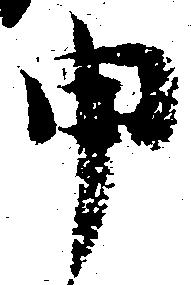
申